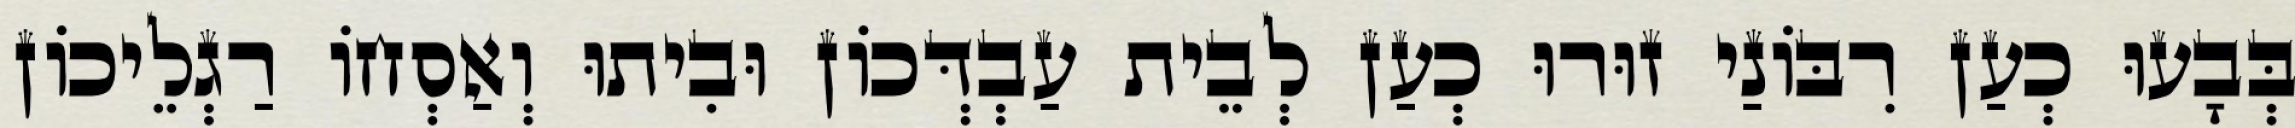
בְּבָעוּ כְעַן רִבּוֹנַי זוּרוּ כְעַן לְבֵית עַבְדְּכוֹן וּבִיתוּ וְאַסְחוֹ רַגְלֵיכוֹן